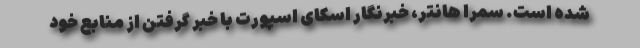
شده است. سمرا هانتر، خبرنگار اسکای اسپورت با خبر گرفتن از منابع خود